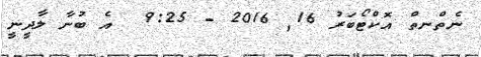
ނެތްނތް އޮކްޓޯބަރު 16